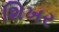
શિખર